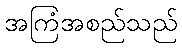
အကြံအစည်သည်